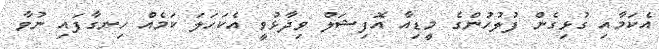
އެކަމާއި ގުޅިގެން ފުލުހުންގެ މީޑިއާ އޮފިޝަލް ވިދާޅުވީ އެކަހަލަ ކަމެއް ހިނގާފައި ނުވާ